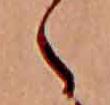
ゝ